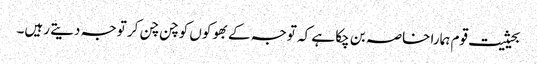
بحیثیت قوم ہمارا خاصہ بن چکا ہے کہ توجہ کے بھوکوں کو چن چن کر توجہ دیتے رہیں۔